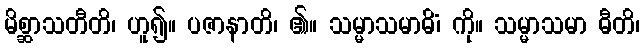
မိစ္ဆာသတီတိ၊ ဟူ၍။ ပဇာနာတိ၊ ၏။ သမ္မာသမာဓိံ၊ ကို။ သမ္မာသမာ ဓီတိ၊